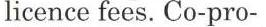
licence fees. Co-pro-